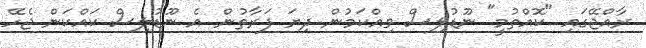
ރާއްޖޭގައި "ކޮއްތުމީ" ނޫޑުލިސް ވިއްކަމުން ދިޔަ ފަރާތުން އެ ނޫޑުލިސް ކައްކަން ޖެހޭ